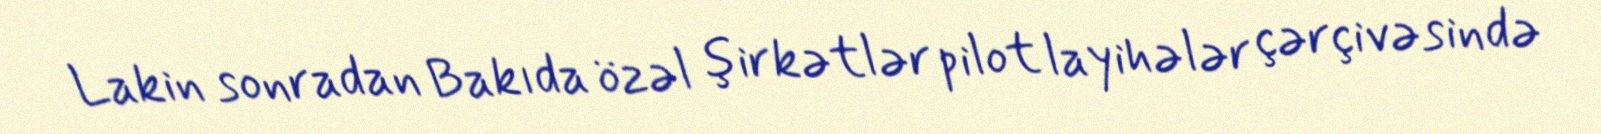
Lakin sonradan Bakıda özəl şirkətlər pilot layihələr çərçivəsində